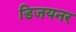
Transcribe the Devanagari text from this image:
डिजयनर